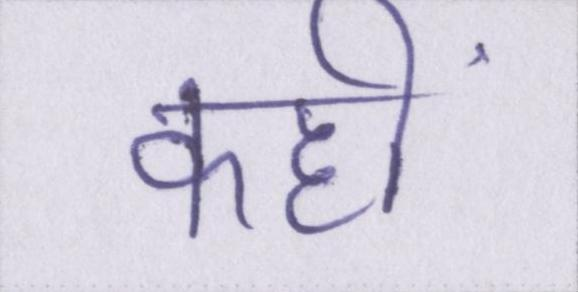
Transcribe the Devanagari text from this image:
कहीं